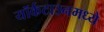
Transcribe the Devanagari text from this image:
यॉर्कटाउनमध्ये